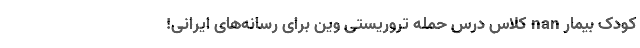
کودک بیمار nan کلاس درس حمله تروریستی وین برای رسانه‌‌های ایرانی!